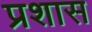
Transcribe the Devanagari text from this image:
प्रशास